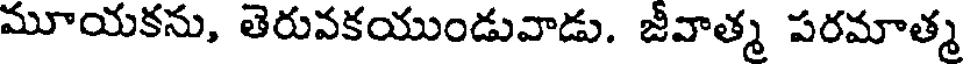
మూయకను, తెరువకయుండువాడు. జీవాత్మ పరమాత్మ